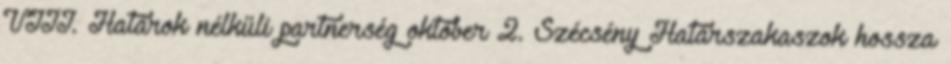
VIII. Határok nélküli partnerség október 2. Szécsény Határszakaszok hossza